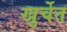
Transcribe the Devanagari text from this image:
खुर्चेत